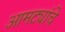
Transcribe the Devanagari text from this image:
आमट्यांचे